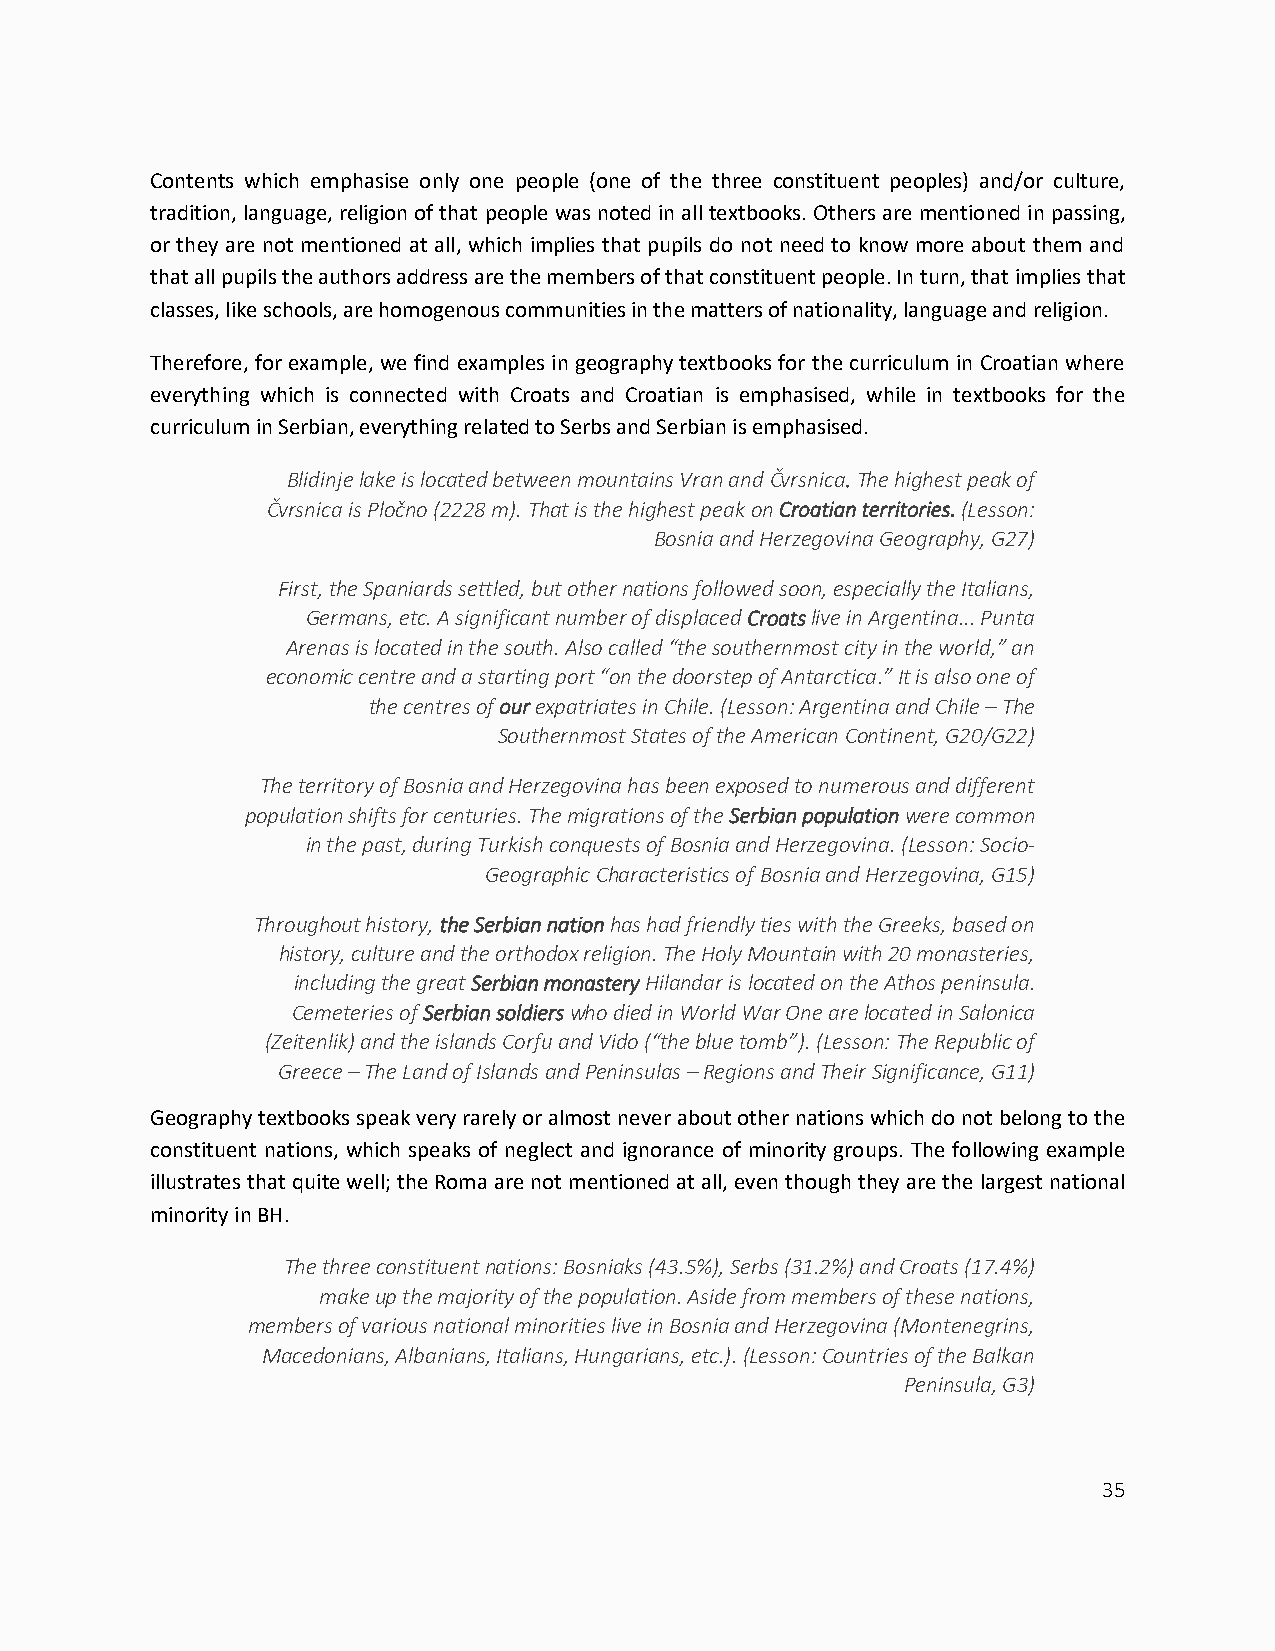
Contents which emphasise only one people (one of the three constituent peoples) and/or culture,
 tradition, language, religion of that people was noted in all textbooks. Others are mentioned in passing,
 or they are not mentioned at all, which implies that pupils do not need to know more about them and
 that all pupils the authors address are the members of that constituent people. In turn, that implies that
 classes, like schools, are homogenous communities in the matters of nationality, language and religion.
 Therefore, for example, we find examples in geography textbooks for the curriculum in Croatian where
 everything which is connected with Croats and Croatian is emphasised, while in textbooks for the
 curriculum in Serbian, everything related to Serbs and Serbian is emphasised.
 Blidinje lake is located between mountains Vran and Čvrsnica. The highest peak of
 Čvrsnica is Pločno (2228 m). That is the highest peak on Croatian territories. (Lesson:
 Bosnia and Herzegovina Geography, G27)
 First, the Spaniards settled, but other nations followed soon, especially the Italians,
 Germans, etc. A significant number of displaced Croats live in Argentina... Punta
 Arenas is located in the south. Also called “the southernmost city in the world,” an
 economic centre and a starting port “on the doorstep of Antarctica.” It is also one of
 the centres of our expatriates in Chile. (Lesson: Argentina and Chile – The
 Southernmost States of the American Continent, G20/G22)
 The territory of Bosnia and Herzegovina has been exposed to numerous and different
 population shifts for centuries. The migrations of the Serbian population were common
 in the past, during Turkish conquests of Bosnia and Herzegovina. (Lesson: Socio-
 Geographic Characteristics of Bosnia and Herzegovina, G15)
 Throughout history, the Serbian nation has had friendly ties with the Greeks, based on
 history, culture and the orthodox religion. The Holy Mountain with 20 monasteries,
 including the great Serbian monastery Hilandar is located on the Athos peninsula.
 Cemeteries of Serbian soldiers who died in World War One are located in Salonica
 (Zeitenlik) and the islands Corfu and Vido (“the blue tomb”). (Lesson: The Republic of
 Greece – The Land of Islands and Peninsulas – Regions and Their Significance, G11)
 Geography textbooks speak very rarely or almost never about other nations which do not belong to the
 constituent nations, which speaks of neglect and ignorance of minority groups. The following example
 illustrates that quite well; the Roma are not mentioned at all, even though they are the largest national
 minority in BH.
 The three constituent nations: Bosniaks (43.5%), Serbs (31.2%) and Croats (17.4%)
 make up the majority of the population. Aside from members of these nations,
 members of various national minorities live in Bosnia and Herzegovina (Montenegrins,
 Macedonians, Albanians, Italians, Hungarians, etc.). (Lesson: Countries of the Balkan
 Peninsula, G3)
 35